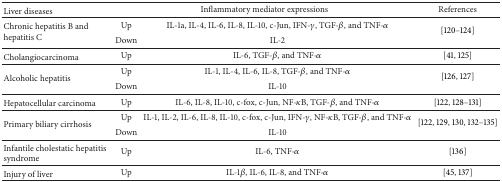
<table><thead><tr><td><b>Liver diseases </b></td><td colspan="2"><b>Inflammatory mediator expressions </b></td><td><b>References </b></td></tr></thead><tbody><tr><td rowspan="2">Chronic hepatitis B and hepatitis C </td><td>Up</td><td>IL-1a, IL-4, IL-6, IL-8, IL-10, c-Jun, IFN-<i>γ</i>, TGF-<i>β</i>, and TNF-<i>α</i></td><td rowspan="2">[120–124]</td></tr><tr><td>Down</td><td>IL-2</td></tr><tr><td>Cholangiocarcinoma</td><td>Up</td><td>IL-6, TGF-<i>β</i>, and TNF-<i>α</i></td><td>[41, 125]</td></tr><tr><td rowspan="2">Alcoholic hepatitis</td><td>Up</td><td>IL-1, IL-4, IL-6, IL-8, TGF-<i>β</i>, and TNF-<i>α</i></td><td rowspan="2">[126, 127]</td></tr><tr><td>Down</td><td>IL-10</td></tr><tr><td>Hepatocellular carcinoma</td><td>Up</td><td>IL-6, IL-8, IL-10, c-fox, c-Jun, NF-<i>κ</i>B, TGF-<i>β</i>, and TNF-<i>α</i></td><td>[122, 128–131] </td></tr><tr><td rowspan="2">Primary biliary cirrhosis</td><td>Up</td><td>IL-1, IL-2, IL-6, IL-8, IL-10, c-fox, c-Jun, IFN-<i>γ</i>, NF-<i>κ</i>B, TGF-<i>β</i>, and TNF-<i>α</i></td><td rowspan="2">[122, 129, 130, 132–135]</td></tr><tr><td>Down</td><td>IL-10</td></tr><tr><td>Infantile cholestatic hepatitis syndrome</td><td>Up</td><td>IL-6, TNF-<i>α</i></td><td>[136]</td></tr><tr><td>Injury of liver</td><td>Up</td><td>IL-1<i>β</i>, IL-6, IL-8, and TNF-<i>α</i></td><td>[45, 137]</td></tr></tbody></table>